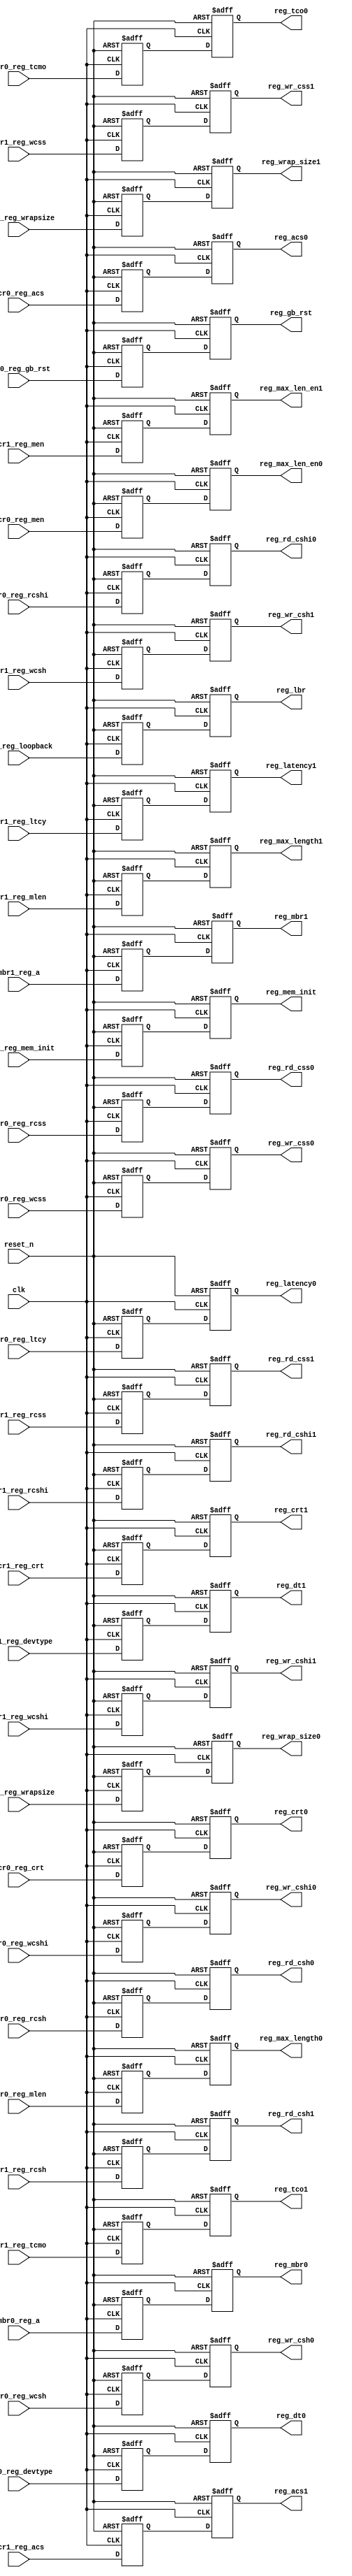
module rpc2_ctrl_sync_to_memclk (
   // Outputs
   reg_wrap_size0, reg_wrap_size1, reg_acs0, reg_acs1, reg_mbr0, 
   reg_mbr1, reg_tco0, reg_tco1, reg_dt0, reg_gb_rst, reg_mem_init,
   reg_dt1, reg_crt0, 
   reg_crt1, reg_lbr, reg_latency0, reg_latency1, reg_rd_cshi0, 
   reg_rd_cshi1, reg_rd_css0, reg_rd_css1, reg_rd_csh0, reg_rd_csh1, 
   reg_wr_cshi0, reg_wr_cshi1, reg_wr_css0, reg_wr_css1, reg_wr_csh0, 
   reg_wr_csh1, reg_max_length0, reg_max_length1, reg_max_len_en0, 
   reg_max_len_en1, 
   // Inputs
   clk, reset_n, mcr0_reg_wrapsize, mcr1_reg_wrapsize, mcr0_reg_acs, 
   mcr1_reg_acs, mbr0_reg_a, mbr1_reg_a, mcr0_reg_tcmo, 
   mcr1_reg_tcmo, mcr0_reg_devtype, mcr0_reg_gb_rst, mcr0_reg_mem_init,
   mcr1_reg_devtype, mcr0_reg_crt, 
   mcr1_reg_crt, mtr0_reg_rcshi, mtr1_reg_rcshi, mtr0_reg_wcshi, 
   mtr1_reg_wcshi, mtr0_reg_rcss, mtr1_reg_rcss, mtr0_reg_wcss, 
   mtr1_reg_wcss, mtr0_reg_rcsh, mtr1_reg_rcsh, mtr0_reg_wcsh, 
   mtr1_reg_wcsh, mtr0_reg_ltcy, mtr1_reg_ltcy, lbr_reg_loopback, 
   mcr0_reg_mlen, mcr1_reg_mlen, mcr0_reg_men, mcr1_reg_men
   );
   input clk;
   input reset_n;

   input [1:0] mcr0_reg_wrapsize; // wrap size
   input [1:0] mcr1_reg_wrapsize;
   input       mcr0_reg_acs;      // asymmetric cache support
   input       mcr1_reg_acs;
   input [7:0] mbr0_reg_a;        // memory base register address[31:24]
   input [7:0] mbr1_reg_a;
   input       mcr0_reg_tcmo;     // tc option
   input       mcr1_reg_tcmo;
   input       mcr0_reg_devtype;  // device type
   input       mcr0_reg_gb_rst;
   input       mcr0_reg_mem_init;   

   
   input       mcr1_reg_devtype;
   input       mcr0_reg_crt;      // configuration register target
   input       mcr1_reg_crt;
   input [3:0] mtr0_reg_rcshi;    // read CS high time
   input [3:0] mtr1_reg_rcshi;
   input [3:0] mtr0_reg_wcshi;    // write CS high time
   input [3:0] mtr1_reg_wcshi;
   input [3:0] mtr0_reg_rcss;     // read CS setup time
   input [3:0] mtr1_reg_rcss;
   input [3:0] mtr0_reg_wcss;     // write CS setup time
   input [3:0] mtr1_reg_wcss;
   input [3:0] mtr0_reg_rcsh;     // read CS hold time
   input [3:0] mtr1_reg_rcsh;
   input [3:0] mtr0_reg_wcsh;     // write CS hold time
   input [3:0] mtr1_reg_wcsh;
   input [3:0] mtr0_reg_ltcy;     // read latency
   input [3:0] mtr1_reg_ltcy;
   input       lbr_reg_loopback;
   input [8:0] mcr0_reg_mlen;
   input [8:0] mcr1_reg_mlen;
   input       mcr0_reg_men;
   input       mcr1_reg_men;
   
   output [1:0] reg_wrap_size0;
   output [1:0] reg_wrap_size1;
   output       reg_acs0;
   output       reg_acs1;
   output [7:0] reg_mbr0;
   output [7:0] reg_mbr1;
   output       reg_tco0;
   output       reg_tco1;
   
   
   output       reg_dt0;
   output       reg_gb_rst;
   output       reg_mem_init;

   
   output       reg_dt1;
   output       reg_crt0;
   output       reg_crt1;
   output       reg_lbr;
   output [3:0] reg_latency0;
   output [3:0] reg_latency1;
   output [3:0] reg_rd_cshi0;
   output [3:0] reg_rd_cshi1;
   output [3:0] reg_rd_css0;
   output [3:0] reg_rd_css1;
   output [3:0] reg_rd_csh0;
   output [3:0] reg_rd_csh1;
   output [3:0] reg_wr_cshi0;
   output [3:0] reg_wr_cshi1;
   output [3:0] reg_wr_css0;
   output [3:0] reg_wr_css1;
   output [3:0] reg_wr_csh0;
   output [3:0] reg_wr_csh1;
   output [8:0] reg_max_length0;
   output [8:0] reg_max_length1;
   output       reg_max_len_en0;
   output       reg_max_len_en1;
   
   reg [1:0]    reg_wrap_size0_ff1;
   reg [1:0]    reg_wrap_size1_ff1;
   reg          reg_acs0_ff1;
   reg          reg_acs1_ff1;
   reg [7:0]    reg_mbr0_ff1;
   reg [7:0]    reg_mbr1_ff1;
   reg          reg_tco0_ff1;
   reg          reg_tco1_ff1;
   
   reg          reg_dt0_ff1;
   reg          reg_gb_rst_ff1;
   reg          reg_mem_init_ff1;
  
   reg          reg_dt1_ff1;
   reg          reg_crt0_ff1;
   reg          reg_crt1_ff1;
   reg          reg_lbr_ff1;
   reg [3:0]    reg_latency0_ff1;
   reg [3:0]    reg_latency1_ff1;
   reg [3:0]    reg_rd_cshi0_ff1;
   reg [3:0]    reg_rd_cshi1_ff1;
   reg [3:0]    reg_rd_css0_ff1;
   reg [3:0]    reg_rd_css1_ff1;
   reg [3:0]    reg_rd_csh0_ff1;
   reg [3:0]    reg_rd_csh1_ff1;
   reg [3:0]    reg_wr_cshi0_ff1;
   reg [3:0]    reg_wr_cshi1_ff1;
   reg [3:0]    reg_wr_css0_ff1;
   reg [3:0]    reg_wr_css1_ff1;
   reg [3:0]    reg_wr_csh0_ff1;
   reg [3:0]    reg_wr_csh1_ff1;
   reg [8:0]    reg_max_length0_ff1;
   reg [8:0]    reg_max_length1_ff1;
   reg          reg_max_len_en0_ff1;
   reg          reg_max_len_en1_ff1;

   /*AUTOREG*/
   // Beginning of automatic regs (for this module's undeclared outputs)
   reg                  reg_acs0;
   reg                  reg_acs1;
   reg                  reg_crt0;
   reg                  reg_crt1;
   
   
   reg                  reg_dt0;
   reg                  reg_gb_rst;
   reg                  reg_mem_init;   
   
   
   reg                  reg_dt1;
   reg [3:0]            reg_latency0;
   reg [3:0]            reg_latency1;
   reg                  reg_lbr;
   reg                  reg_max_len_en0;
   reg                  reg_max_len_en1;
   reg [8:0]            reg_max_length0;
   reg [8:0]            reg_max_length1;
   reg [7:0]            reg_mbr0;
   reg [7:0]            reg_mbr1;
   reg [3:0]            reg_rd_csh0;
   reg [3:0]            reg_rd_csh1;
   reg [3:0]            reg_rd_cshi0;
   reg [3:0]            reg_rd_cshi1;
   reg [3:0]            reg_rd_css0;
   reg [3:0]            reg_rd_css1;
   reg                  reg_tco0;
   reg                  reg_tco1;
   reg [3:0]            reg_wr_csh0;
   reg [3:0]            reg_wr_csh1;
   reg [3:0]            reg_wr_cshi0;
   reg [3:0]            reg_wr_cshi1;
   reg [3:0]            reg_wr_css0;
   reg [3:0]            reg_wr_css1;
   reg [1:0]            reg_wrap_size0;
   reg [1:0]            reg_wrap_size1;
   // End of automatics
   
   always @(posedge clk or negedge reset_n) begin
      if (~reset_n) begin
         reg_wrap_size0_ff1 <= 2'b00;
         reg_wrap_size0     <= 2'b00;
         reg_wrap_size1_ff1 <= 2'b00;
         reg_wrap_size1     <= 2'b00;
         reg_acs0_ff1 <= 1'b0;
         reg_acs0     <= 1'b0;
         reg_acs1_ff1 <= 1'b0;
         reg_acs1     <= 1'b0;
         reg_mbr0_ff1 <= 8'h00;
         reg_mbr0     <= 8'h00;
         reg_mbr1_ff1 <= 8'h00;
         reg_mbr1     <= 8'h00;
         reg_tco0_ff1 <= 1'b0;
         reg_tco0     <= 1'b0;
         reg_tco1_ff1 <= 1'b0;
         reg_tco1     <= 1'b0;
         
         reg_dt0_ff1  <= 1'b0;
         reg_dt0      <= 1'b0;
         reg_gb_rst_ff1  <= 1'b0;
         reg_gb_rst      <= 1'b0;
         reg_mem_init_ff1  <= 1'b0;
         reg_mem_init      <= 1'b0;
         
         
         
         reg_dt1_ff1  <= 1'b0;
         reg_dt1      <= 1'b0;
         reg_crt0_ff1 <= 1'b0;
         reg_crt0     <= 1'b0;
         reg_crt1_ff1 <= 1'b0;
         reg_crt1     <= 1'b0;
         reg_lbr_ff1  <= 1'b0;
         reg_lbr      <= 1'b0;
         reg_latency0_ff1 <= 4'h0;
         reg_latency0     <= 4'h0;
         reg_latency1_ff1 <= 4'h0;
         reg_latency1     <= 4'h0;
         reg_rd_cshi0_ff1 <= 4'h0;
         reg_rd_cshi0     <= 4'h0;
         reg_rd_cshi1_ff1 <= 4'h0;
         reg_rd_cshi1     <= 4'h0;
         reg_rd_css0_ff1  <= 4'h0;
         reg_rd_css0      <= 4'h0;
         reg_rd_css1_ff1  <= 4'h0;
         reg_rd_css1      <= 4'h0;
         reg_rd_csh0_ff1  <= 4'h0;
         reg_rd_csh0      <= 4'h0;
         reg_rd_csh1_ff1  <= 4'h0;
         reg_rd_csh1      <= 4'h0;
         reg_wr_cshi0_ff1 <= 4'h0;
         reg_wr_cshi0     <= 4'h0;
         reg_wr_cshi1_ff1 <= 4'h0;
         reg_wr_cshi1     <= 4'h0;
         reg_wr_css0_ff1  <= 4'h0;
         reg_wr_css0      <= 4'h0;
         reg_wr_css1_ff1  <= 4'h0;
         reg_wr_css1      <= 4'h0;
         reg_wr_csh0_ff1  <= 4'h0;
         reg_wr_csh0      <= 4'h0;
         reg_wr_csh1_ff1  <= 4'h0;
         reg_wr_csh1      <= 4'h0;
         reg_max_length0     <= 9'h000;
         reg_max_length0_ff1 <= 9'h000;
         reg_max_length1     <= 9'h000;
         reg_max_length1_ff1 <= 9'h000;
         reg_max_len_en0     <= 1'b0;
         reg_max_len_en0_ff1 <= 1'b0;
         reg_max_len_en1     <= 1'b0;
         reg_max_len_en1_ff1 <= 1'b0; 
      end
      else begin
         reg_wrap_size0_ff1 <= mcr0_reg_wrapsize;
         reg_wrap_size0     <= reg_wrap_size0_ff1;
         reg_wrap_size1_ff1 <= mcr1_reg_wrapsize;
         reg_wrap_size1     <= reg_wrap_size1_ff1;
         reg_acs0_ff1 <= mcr0_reg_acs;
         reg_acs0     <= reg_acs0_ff1;
         reg_acs1_ff1 <= mcr1_reg_acs;
         reg_acs1     <= reg_acs1_ff1;
         reg_mbr0_ff1 <= mbr0_reg_a;
         reg_mbr0     <= reg_mbr0_ff1;
         reg_mbr1_ff1 <= mbr1_reg_a;
         reg_mbr1     <= reg_mbr1_ff1;
         reg_tco0_ff1 <= mcr0_reg_tcmo;
         reg_tco0     <= reg_tco0_ff1;
         reg_tco1_ff1 <= mcr1_reg_tcmo;
         reg_tco1     <= reg_tco1_ff1;
         
         reg_dt0_ff1     <= mcr0_reg_devtype;
         reg_dt0         <= reg_dt0_ff1;
         
         reg_gb_rst_ff1  <= mcr0_reg_gb_rst;
         reg_gb_rst      <= reg_gb_rst_ff1;         

         reg_mem_init_ff1  <= mcr0_reg_mem_init;
         reg_mem_init      <= reg_mem_init_ff1; 

         
        
         reg_dt1_ff1  <= mcr1_reg_devtype;
         reg_dt1      <= reg_dt1_ff1;
         reg_crt0_ff1 <= mcr0_reg_crt;
         reg_crt0     <= reg_crt0_ff1;
         reg_crt1_ff1 <= mcr1_reg_crt;
         reg_crt1     <= reg_crt1_ff1;
         reg_lbr_ff1  <= lbr_reg_loopback;
         reg_lbr      <= reg_lbr_ff1;

         reg_latency0_ff1 <= mtr0_reg_ltcy;
         reg_latency0     <= reg_latency0_ff1;
         reg_latency1_ff1 <= mtr1_reg_ltcy;
         reg_latency1     <= reg_latency1_ff1;
         reg_rd_cshi0_ff1 <= mtr0_reg_rcshi;
         reg_rd_cshi0     <= reg_rd_cshi0_ff1;
         reg_rd_cshi1_ff1 <= mtr1_reg_rcshi;
         reg_rd_cshi1     <= reg_rd_cshi1_ff1;
         reg_rd_css0_ff1  <= mtr0_reg_rcss;
         reg_rd_css0      <= reg_rd_css0_ff1;
         reg_rd_css1_ff1  <= mtr1_reg_rcss;
         reg_rd_css1      <= reg_rd_css1_ff1;
         reg_rd_csh0_ff1  <= mtr0_reg_rcsh;
         reg_rd_csh0      <= reg_rd_csh0_ff1;
         reg_rd_csh1_ff1  <= mtr1_reg_rcsh;
         reg_rd_csh1      <= reg_rd_csh1_ff1;
         reg_wr_cshi0_ff1 <= mtr0_reg_wcshi;
         reg_wr_cshi0     <= reg_wr_cshi0_ff1;
         reg_wr_cshi1_ff1 <= mtr1_reg_wcshi;
         reg_wr_cshi1     <= reg_wr_cshi1_ff1;
         reg_wr_css0_ff1  <= mtr0_reg_wcss;
         reg_wr_css0      <= reg_wr_css0_ff1;
         reg_wr_css1_ff1  <= mtr1_reg_wcss;
         reg_wr_css1      <= reg_wr_css1_ff1;
         reg_wr_csh0_ff1  <= mtr0_reg_wcsh;
         reg_wr_csh0      <= reg_wr_csh0_ff1;
         reg_wr_csh1_ff1  <= mtr1_reg_wcsh;
         reg_wr_csh1      <= reg_wr_csh1_ff1;

         reg_max_length0     <= reg_max_length0_ff1;
         reg_max_length0_ff1 <= mcr0_reg_mlen;
         reg_max_length1     <= reg_max_length1_ff1;
         reg_max_length1_ff1 <= mcr1_reg_mlen;
         reg_max_len_en0     <= reg_max_len_en0_ff1;
         reg_max_len_en0_ff1 <= mcr0_reg_men;
         reg_max_len_en1     <= reg_max_len_en1_ff1;
         reg_max_len_en1_ff1 <= mcr1_reg_men; 
      end
   end
endmodule